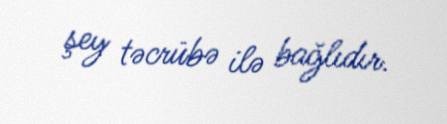
şey təcrübə ilə bağlıdır.